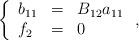
LaTeX: \begin{align*} \left\{\begin{array}{lcl} b_{11} & = &B_{12}a_{11}\\ f_2 & = & 0 \end{array}\right., \end{align*}